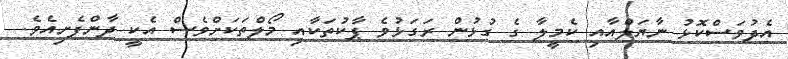
އެދުވަސްކޮޅު ނާޔަލްއާއި ކެމީލާ ގެ ގުޅުން ރަގަޅުވެ ޕާކުތަކާއި މޯލްތަކަށްވެސް އެކީ ދާންފެށިއެވެ.